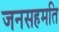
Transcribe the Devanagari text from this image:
जनसहमति